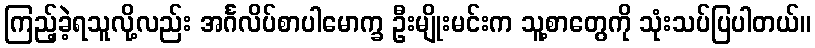
ကြည့်ခဲ့ရသူလို့လည်း အင်္ဂလိပ်စာပါမောက္ခ ဦးမျိုးမင်းက သူ့စာတွေကို သုံးသပ်ပြပါတယ်။